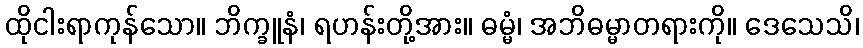
ထိုငါးရာကုန်သော။ ဘိက္ခူနံ၊ ရဟန်းတို့အား။ ဓမ္မံ၊ အဘိဓမ္မာတရားကို။ ဒေသေသိ၊